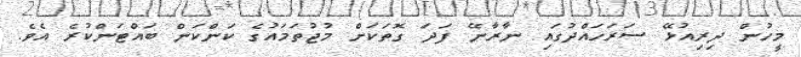
މީހުން ދިރިއުޅޭ ސަރަހައްދުގައި ނާރާނޭ ފަދަ ގޮތަކަށް މުޖުތަމައުގެ ކަންކަން ބައްޓަންކުރެ އެވެ.